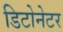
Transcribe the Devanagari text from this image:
डिटोनेटर